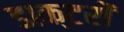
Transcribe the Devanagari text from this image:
डाक्‍टरों